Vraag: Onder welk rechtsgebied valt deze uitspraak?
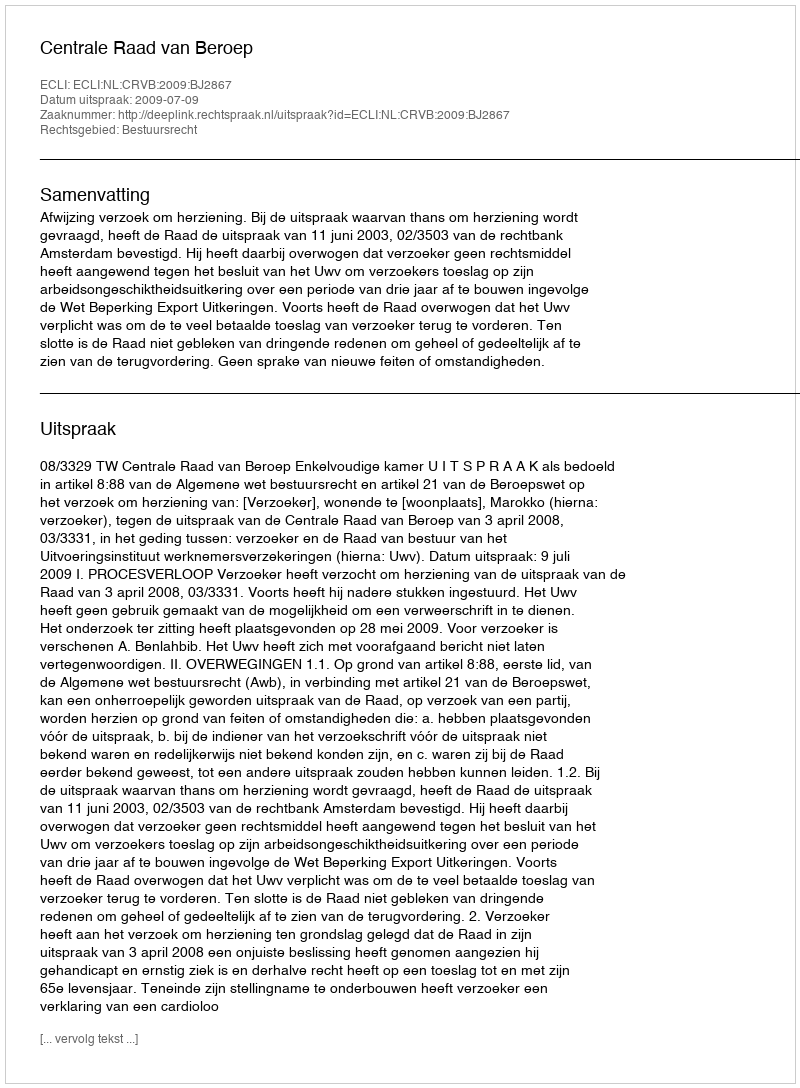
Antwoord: Bestuursrecht